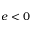
e < 0